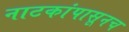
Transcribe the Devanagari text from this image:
नाटकांपासूनच